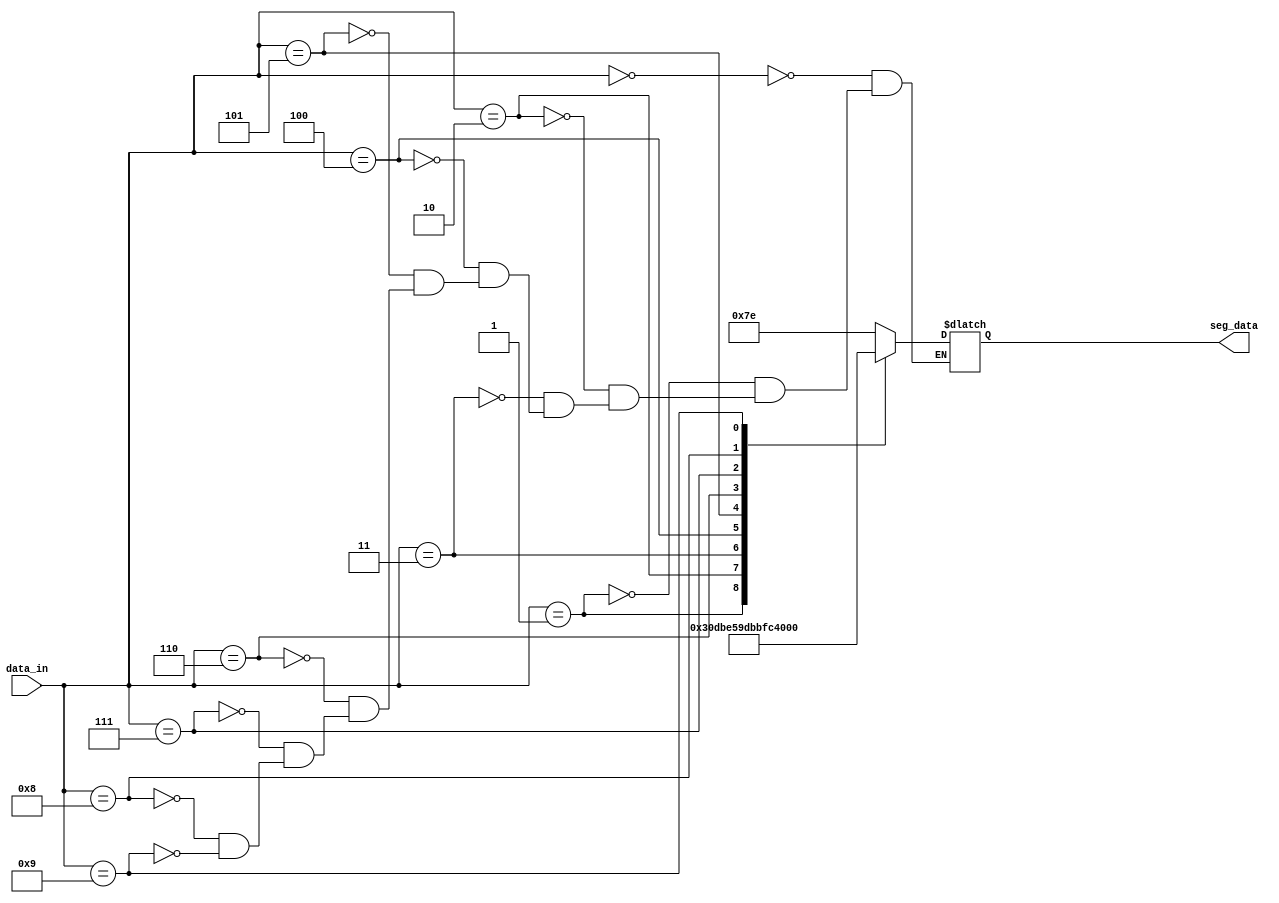
module seven_seg(
input [3:0]data_in,
output reg [6:0]seg_data
);
always @(data_in)
case (data_in)
4'b0000:seg_data=7'b1111110;
4'b0001:seg_data=7'b0110000;
4'b0010:seg_data=7'b1101101;
4'b0011:seg_data=7'b1111001;
4'b0100:seg_data=7'b0110011;
4'b0101:seg_data=7'b1011011;
4'b0110:seg_data=7'b1011111;
4'b0111:seg_data=7'b1110000;
4'b1000:seg_data=7'b1111111;
4'b1001:seg_data=7'b1111011;
endcase

endmodule